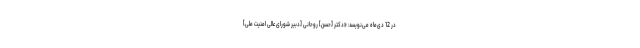
در 12 دی‌ماه می‌نویسد: «دكتر [حسن] روحانى [دبیر شورای عالی امنیت ملی]